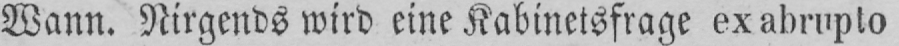
Wann. Nirgends wird eine Kabinetsfrage ex abrupto